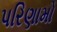
પરિણામો